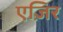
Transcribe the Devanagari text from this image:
एज़िर